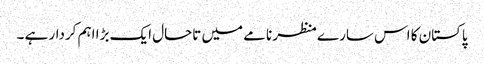
پاکستان کا اس سارے منظر نامے میں تاحال ایک بڑا اہم کردار ہے ۔